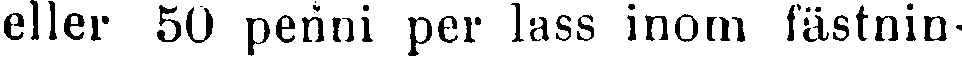
eller 50 penni per lass inom fästnin-